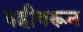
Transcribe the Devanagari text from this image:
वहीवरून